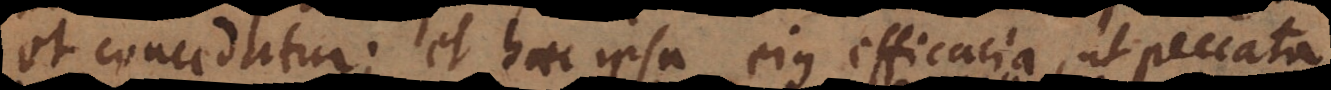
et concedatur; et haec ipsa ejus efficacia, ut peccat